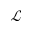
\mathcal { L }